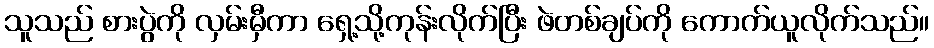
သူသည် စားပွဲကို လှမ်းမှီကာ ရှေ့သို့ကုန်းလိုက်ပြီး ဖဲတစ်ချပ်ကို ကောက်ယူလိုက်သည်။